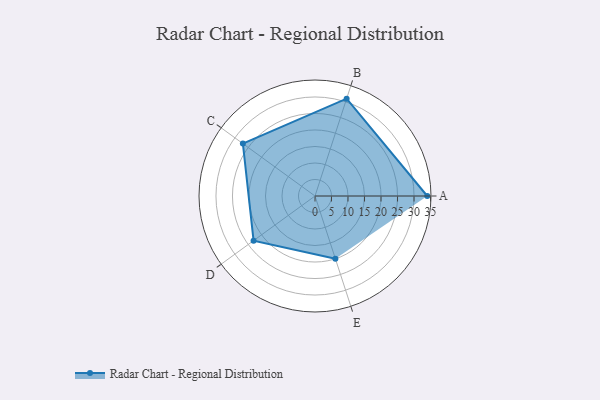
{"axis": {"x": "Skill", "y": "Score"}, "legend": ["Profile"], "data": [{"x": "A", "y": 34.0, "type": "Profile"}, {"x": "B", "y": 31.0, "type": "Profile"}, {"x": "C", "y": 27.0, "type": "Profile"}, {"x": "D", "y": 23.0, "type": "Profile"}, {"x": "E", "y": 20, "type": "Profile"}]}